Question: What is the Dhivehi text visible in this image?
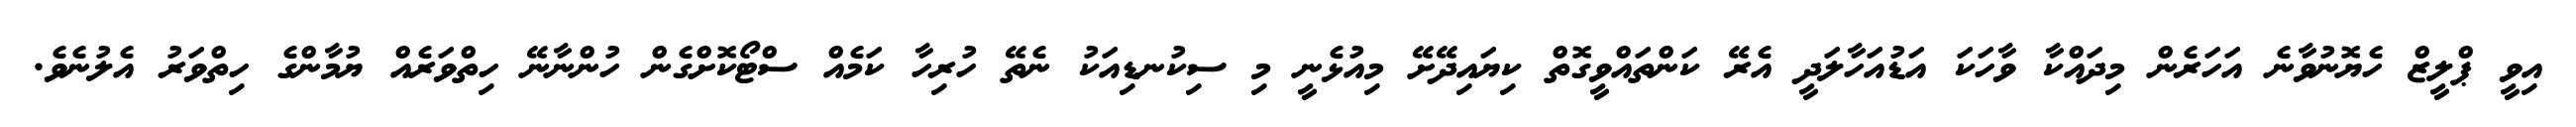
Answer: އިވީ ޕްލީޒް ހެޔޮނުވާނެ އަހަރެން މިދައްކާ ވާހަކަ އަޑުއަހާލަދީ އެރޭ ކަންތައްވީގޮތް ކިޔައިދޭށޭ މިއުޅެނީ މި ސިކުނޑިއަކު ނެތޭ ހުރިހާ ކަމެއް ސްޓޯކޮށްގެން ހުންނާނޭ ހިތްވަރެއް ޔުމާންގެ ހިތްވަރު އެލުނެވެ.